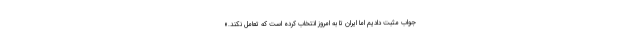
جواب مثبت دادیم اما ایران تا به امروز انتخاب کرده است که تعامل نکند.»